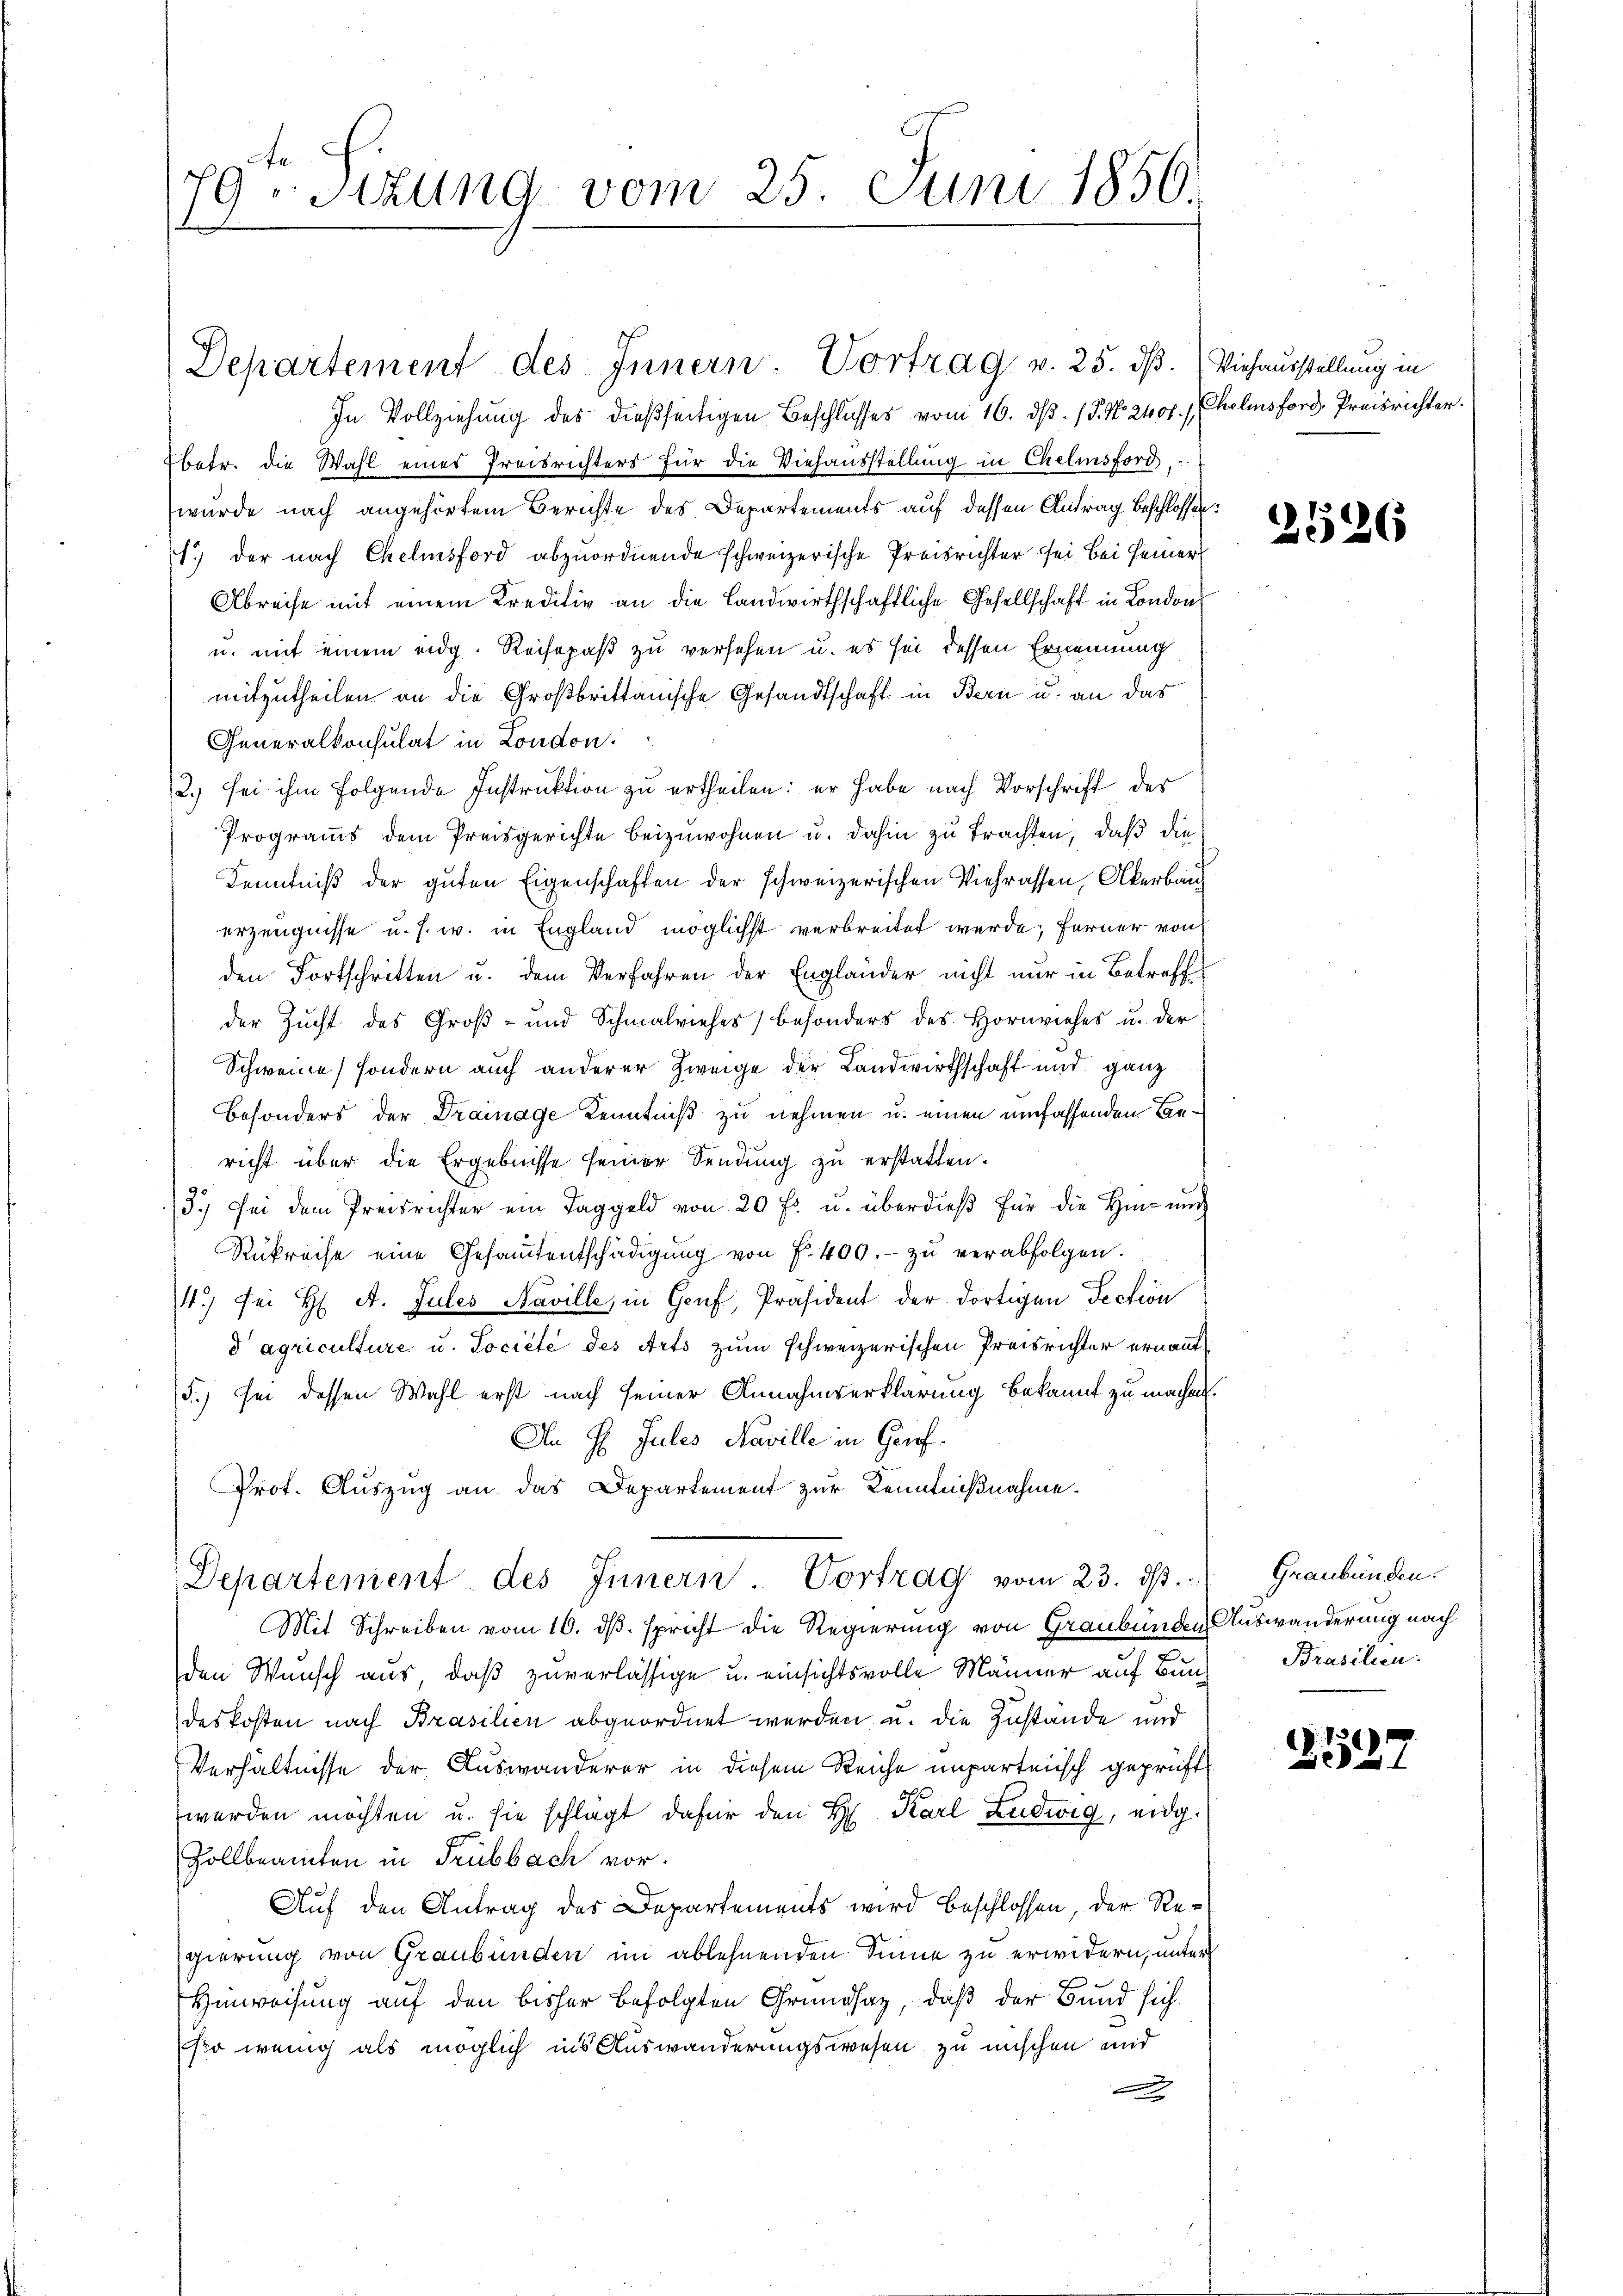
79 Sitzung vom 25. Juni 1856.

In Vollziehung des dießseitigen Beschlusses vom 16. dβ. / P. Nr. 2400. / Chelinsford, Preisrichter.
Ebetr. die Wahl eines Preisrichters für die Viehausstellung in Chelinsfordwurde nach angehörtem Berichte des Departements auf dessen Antrag beschlossen:
1.) der nach Chelmsford abzuordnende schweizerische Preisrichter sei bei seiner
Abreise mit einem Kreditiv an die Landwirthschaftliche Gesellschaft in London
u. mit einem eidg. Reisepaß zu versehen u. es sei dessen Ernennung
mitzutheilen an die Großbrittanische Gesandtschaft in Bern u. an das
Generalkonsulat in London.
2.) sei ihm folgende Instruktion zu ertheilen: er habe nach Vorschrift des
Programms dem Preisgerichte beizuwohnen u. dahin zu trachten, daß die
Kenntniß der guten Eigenschaften der schweizerischen Viehrassen, Akerbau
erzeugnisse u. s. w. in England möglichst verbreitet werde; ferner von
den Fortschritten u. dem Verfahren der Engländer nicht nur in Betreff
der Zucht des Groß- und Schmalviehes besonders des Hornviehes u. der
Schweine sondern auch anderer Zweige der Landwirthschaft und ganz
Besonders der Drainage Kenntniß zu nehmen u. einen umfassenden Bericht über die Ergebnisse seiner Sendung zŭ erstatten.
3.) Bei dem Preisrichter ein Taggeld von 20 f. u. überdieβ für die Hin- und
Rükreise eine Gesaṁtentschädigŭng von f. 400.- zŭ verabfolgen.
4.) sei H. A. Jules Naville, in Genf, Präsident der dortigen Section
d agriculture u. Société des Arts zum schweizerischen Preisrichter ernannt
5.) sei dessen Wahl erst nach seiner Annahmserklärung bekannt zu machen.
An H. Jules Naville in Genf.
Prot. Auszug an das Departement zur Kenntnißnahme.
Departement des Innern Vortrag vom 23. dβ.
Mit Schreiben vom 10. dβ. spricht die Regierung von Graubünden Auswanderung nach
den Wunsch aus, daß zuverlässige u. einsichtsvolle Männer auf Barch Brasilien.
deskosten nach Brasilien abgeordnet werden u. die Zustände und
Verhältnisse der Auswanderer in diesem Reiche unparteiisch geprüft
werden möchten u. sie schlagt dafür den H. Karl Ludwig, eidg.
Zollbeamten in Trübbach vor.
Auf den Antrag des Departements wird beschlossen, der Regierung von Graubünden im ablehnenden Sinne zu erwidern, unter
Hinweisung auf den bisher befolgten Grundsatz, daß der Bund sich
so wenig als möglich ins Auswanderungswesen zu mischen und
e

Departement des Innern Vortrag v. 25. dß. Viehausstellung in

2526

Graubünden.

.1
327